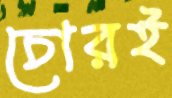
চোরই